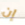
إن